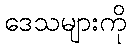
ဒေသများကို